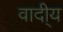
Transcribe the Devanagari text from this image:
वादी्य